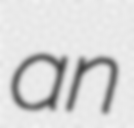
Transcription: an